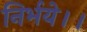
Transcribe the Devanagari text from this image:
निर्भये।।